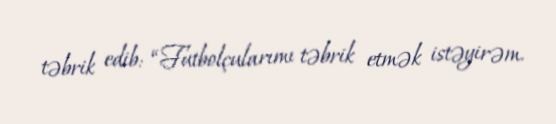
təbrik edib: “Futbolçularımı təbrik etmək istəyirəm.